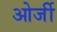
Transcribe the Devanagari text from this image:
ओर्जी